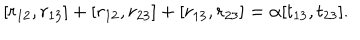
LaTeX: [ r _ { 1 2 } , r _ { 1 3 } ] + [ r _ { 1 2 } , r _ { 2 3 } ] + [ r _ { 1 3 } , r _ { 2 3 } ] = \alpha [ t _ { 1 3 } , t _ { 2 3 } ] .